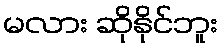
မလား ဆိုနိုင်ဘူး